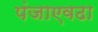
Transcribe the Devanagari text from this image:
पंजाएवढा